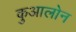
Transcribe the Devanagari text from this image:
कुआलोन